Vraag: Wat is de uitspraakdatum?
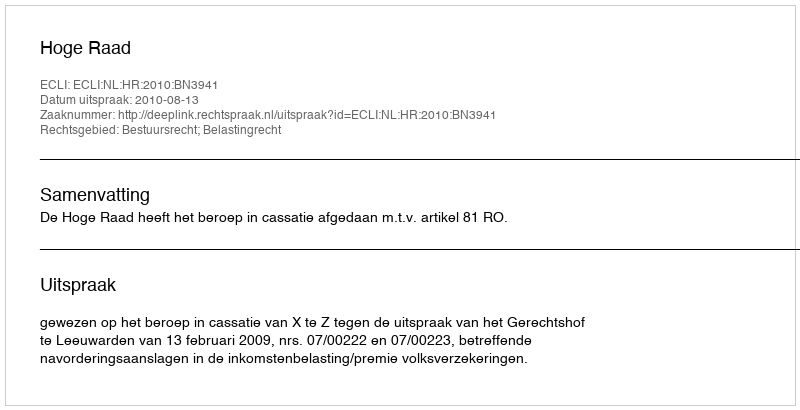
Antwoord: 2010-08-13